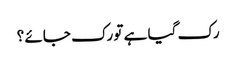
رک گیا ہے تو رک جائے ؟